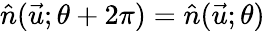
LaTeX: \hat{n}(\vec{u};\theta+2\pi)=\hat{n}(\vec{u};\theta)